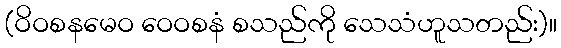
(ဝိဝစနမေဝ ဝေဝစနံ စသည်ကို သေသံဟူသတည်း)။